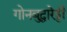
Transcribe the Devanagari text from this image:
गोनबुद्धारेड्डी